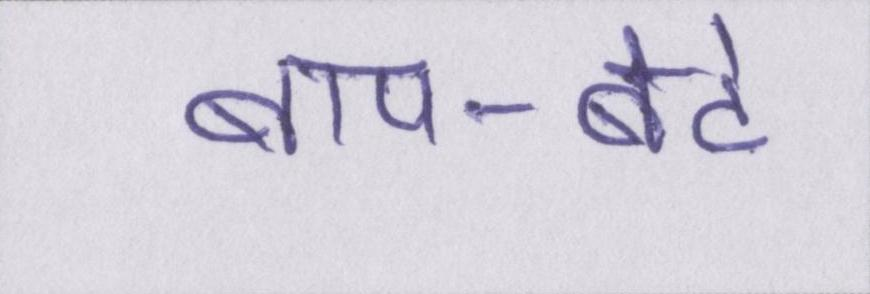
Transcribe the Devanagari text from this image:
बाप-बेटे